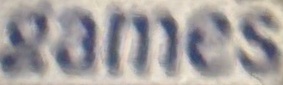
games